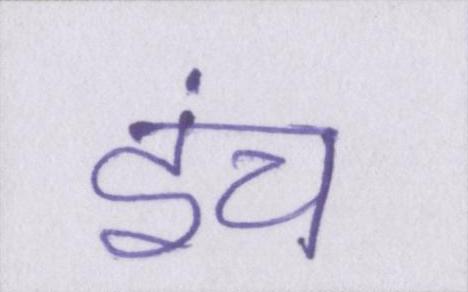
इंच